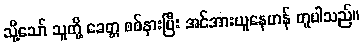
သို့သော် သူတို့ ခေတ္တ စစ်နားပြီး အင်အားယူနေဟန် တူပါသည်။